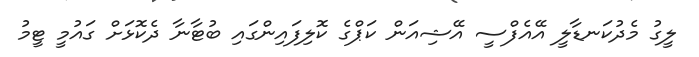
ލީގު މެދުކަނޑާލީ އޭއެފްސީ އޭޝިއަން ކަޕްގެ ކޮލިފައިންގައި ބުޓާނާ ދެކޮޅަށް ގައުމީ ޓީމު